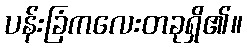
ပန်းခြံကလေးတခုရှိ၏။